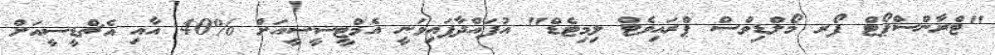
"ޓްރާންސްޕޯޓް ފޯރ މޯލްޑިވްސް ޕްރައިވެޓް ލިމިޓެޑް" އުފައްދާފައިވަނީ އެމްޓީސީސީއަށް %40 އާއި އެޗްޑީސީއަށް